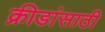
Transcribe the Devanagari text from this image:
क्रीडांसाठी